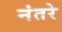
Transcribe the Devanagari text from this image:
नंतरे